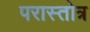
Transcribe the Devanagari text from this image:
परास्तोत्र